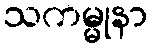
သကမ္မုနာ